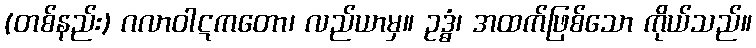
(တစ်နည်း) ဂလာဝါဋကတော၊ လည်ယာမှ။ ဥဒ္ဓံ၊ အထက်ဖြစ်သော ကိုယ်သည်။